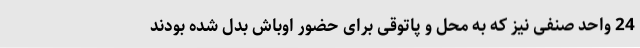
24 واحد صنفی نیز که به محل و پاتوقی برای حضور اوباش بدل شده بودند